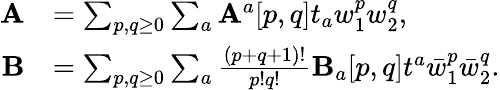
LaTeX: \begin{array}{rl}{\mathbf{A}}&{=\sum_{p,q\geq 0}\sum_{a}\mathbf{A}^{a}[p,q]t_{a}w_{1}^{p}w_{2}^{q},}\\ {\mathbf{B}}&{=\sum_{p,q\geq 0}\sum_{a}\frac{(p+q+1)!}{p!q!}\mathbf{B}_{a}[p,q]t^{a}\bar{w}_{1}^{p}\bar{w}_{2}^{q}.}\end{array}